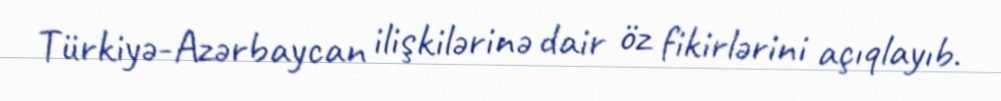
Türkiyə-Azərbaycan ilişkilərinə dair öz fikirlərini açıqlayıb.